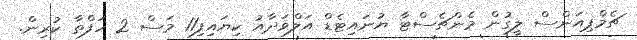
ޗެމްޕިއަންސް ލީގުން މެންޗެސްޓާ ޔުނައިޓެޑް އަލްވަދާއު ކިޔައިފި11 މަސް 2 ހަފްތާ ކުރިން.